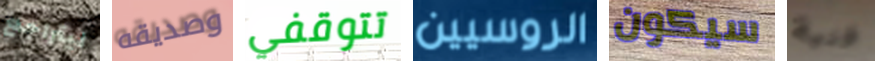
ليتراجع وصديقه تتوقفي الروسيين سيكون فنية